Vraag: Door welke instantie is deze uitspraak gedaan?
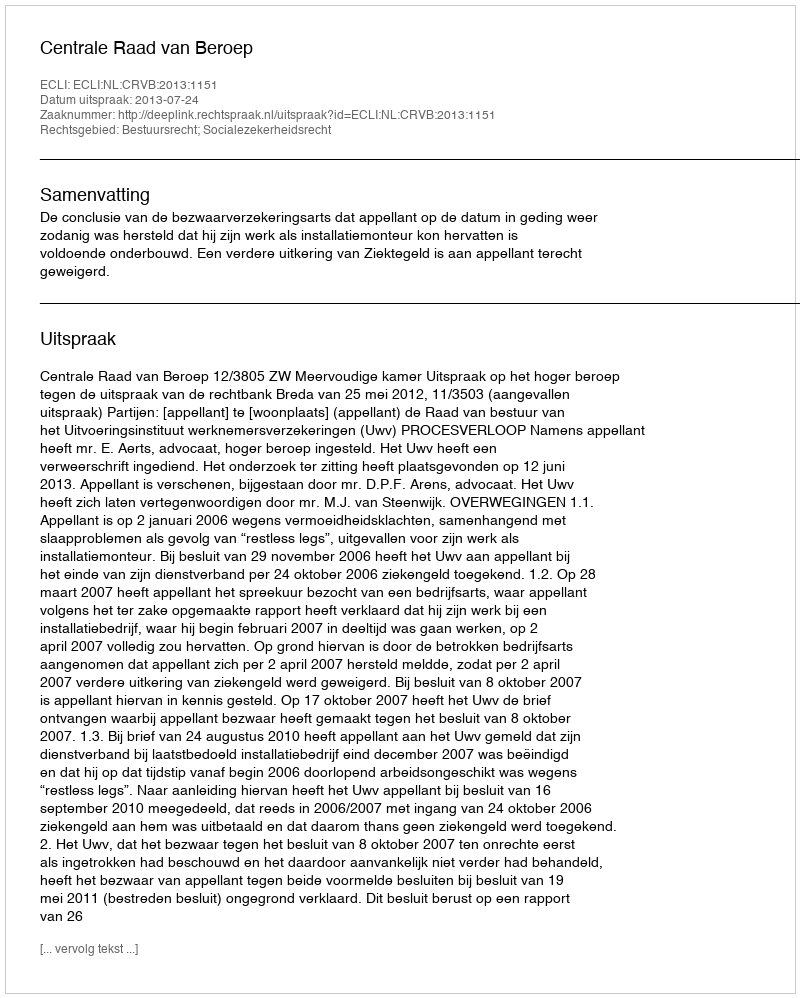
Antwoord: Centrale Raad van Beroep